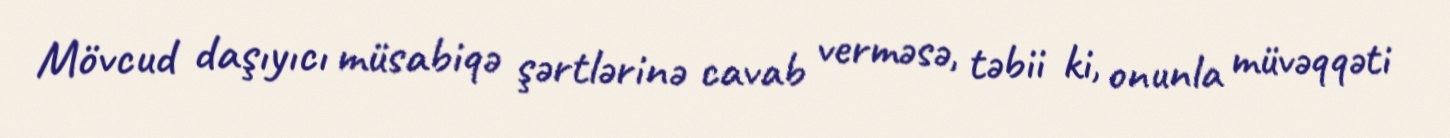
Mövcud daşıyıcı müsabiqə şərtlərinə cavab verməsə, təbii ki, onunla müvəqqəti